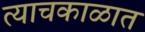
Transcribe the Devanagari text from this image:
त्याचकाळात